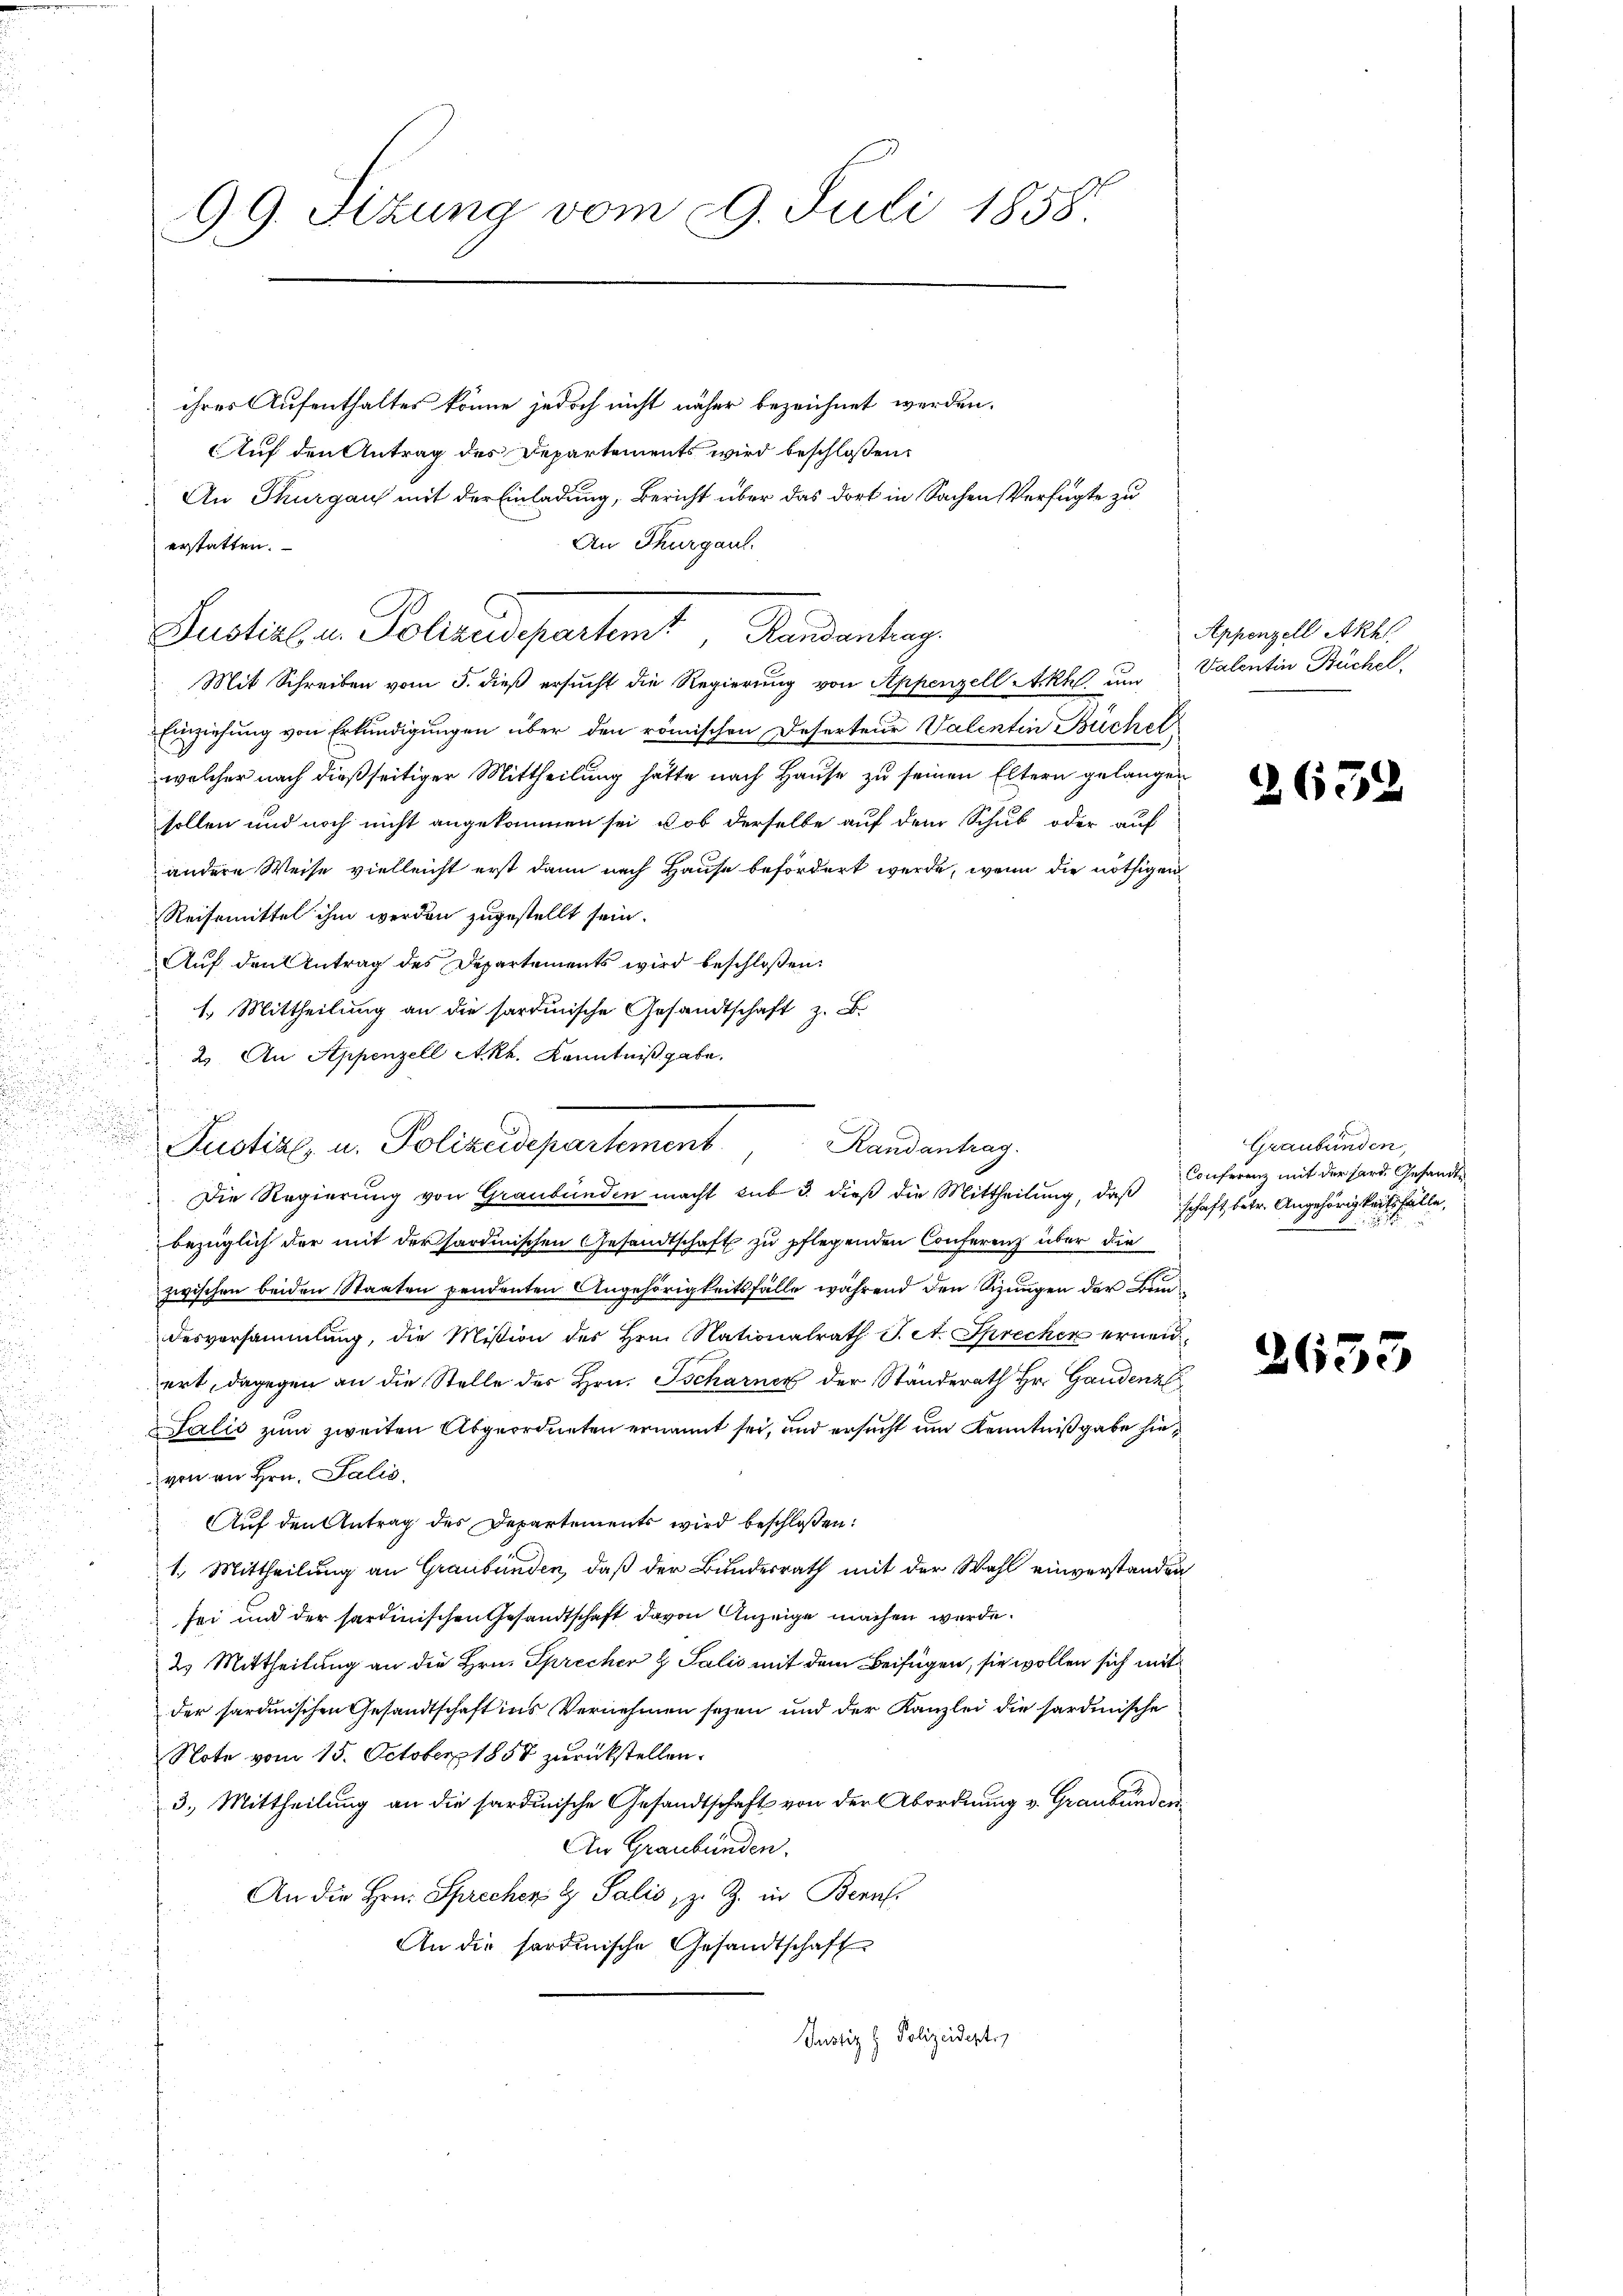
u

ihres Aufenthaltes könne jedoch nicht näher bezeichnet werden.
Auf den Antrag des Departements wird beschloßen:
An Thurgau mit der Einladung, Bericht über das dort in Sachen Verfügte zu
An Thurgaus
erstatten.

99. Sizung vom 29. Juli 1858.

Justizl, u. Polizeidepartemt, Randantrag.

Mit Schreiben vom 5. dieß ersucht die Regierung von Appenzell Akte um
Einziehung von Erkundigungen über den römischen Deserteur Valentin Büchel
welcher nach dießseitiger Mittheilung hätte nach Hause zu seinen Eltern gelangen
sollen und noch nicht angekommen sei, ob derselbe auf dem Schub oder auf
andere Weise vielleicht erst dann nach Hause befördert werde, wenn die nöthigen
Reisemittel ihm werden zugestellt sein.
Auf den Antrag des Departements wird beschloßen:
1. Mittheilung an die sardinische Gesandtschaft z. B.
2. An Appenzell Akh. Kenntniß gabe.
e
d
bezüglich der mit der sardinischen Gesandtschaft zu pflegenden Conferenz über die
zwischen beiden Staaten pendenten Angehörigkeitsfälle während den Sizungen der Bundesversammlung, die Mißion des Hrn. Nationalrath J. A. Sprecher ernen
ert, dagegen an die Stelle des Hrn. Tscharner der Ständerath Hr. Gandenz
Salis zum zweiten Abgeordneten ernannt sei, und ersucht um Kenntnißgabe hievon an Hrn. Talić.
Auf den Antrag des Departements wird beschloßen:
1. Mittheilung an Graubünden, daß der Bundesrath mit der Wahl einverstanden
sei und der sardinischen Gesandtschaft davon Anzeige machen werde.
2) Mittheilung an die Hrn. Sprecher & Salis mit dem Beifügen, sie wollen sich mit
der sardinischen Gesandtschaft ins Vernehmen seyen und der Kanzlei die sardinische
Note vom 15. October 1858 zurückstellen.
3. Mittheilung an die sardinische Gesandtschaft von der Abordnung v. Graubünden
An Graubünden.
An die Hrn. Sprecher u Salis, z. Z. in Bern
An die sardinische Gesandtschaft
Justiz & Polizeideste
u
.

Justiz- u. Polizeidepartement Randantrag.
 Die Regierung von Graubünden macht sub 3. dieß die Mittheilung, daß

Appenzell Akhl
Valentin Büchel.

2659

Graubünden,
Conferenz mit der Hard. Gesandtschaft, betr. Angehörigkeitsfälle,

2635